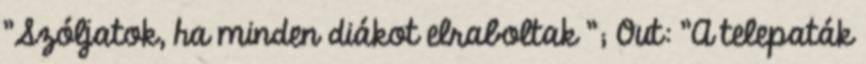
"Szóljatok, ha minden diákot elraboltak "; Out: "A telepaták